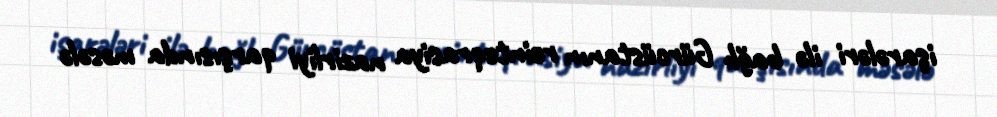
işarələri ilə bağlı Gürcüstanın reinteqrasiya nazirliyi qarşısında məsələ